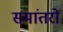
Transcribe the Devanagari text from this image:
समांतरों